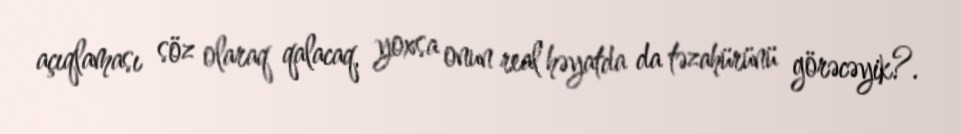
açıqlaması söz olaraq qalacaq, yoxsa onun real həyatda da təzahürünü görəcəyik?.